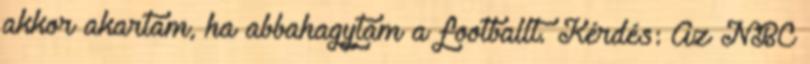
akkor akartam, ha abbahagytam a footballt. Kérdés: Az NBC